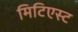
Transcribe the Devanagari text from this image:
मिटिएस्ट